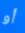
أو